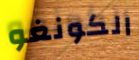
الكونغو